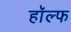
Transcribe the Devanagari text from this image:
हॉल्फ